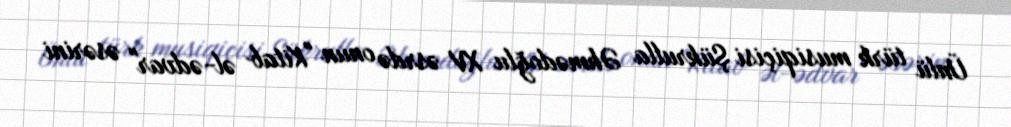
Ünlü türk musiqiçisi Şükrulla Əhmədoğlu XV əsrdə onun "Kitab əl-ədvar" əsərini